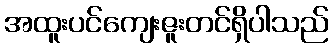
အထူးပင်ကျေးဇူးတင်ရှိပါသည်